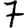
Digit: 7